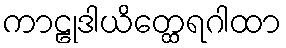
ကာဠုဒါယိတ္ထေရဂါထာ